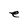
Character: e